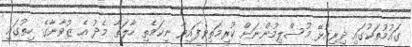
ގައުމުތަކުގައި ދިރިއުޅޭ މުސްލިމުންނަށް ކުރިމަތިވެފައިވާ ނިކަމެތި ހާލަތާ މެދު އެ ޒުވާނާގެ ހިތުގައި